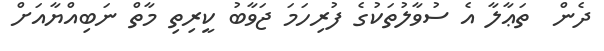
ދެން  ތަޢާލާ އެ ސުވާލުތަކުގެ ފުރިހަމަ ޖަވާބު ކީރިތި މާތް ނަބިއްޔާއަށް